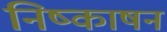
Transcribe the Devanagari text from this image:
निष्काषन